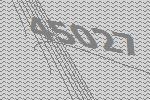
45027